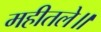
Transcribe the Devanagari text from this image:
महीतले॥